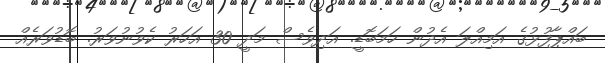
ބައްޕާފުޅުގެ އަމިއްލަ އެދުން ހަމަބޮޑީ. އަދިވެސް މަދީ 30 އަހަރު ކެވުނުވަރު. ބޮޑުވަރެއް